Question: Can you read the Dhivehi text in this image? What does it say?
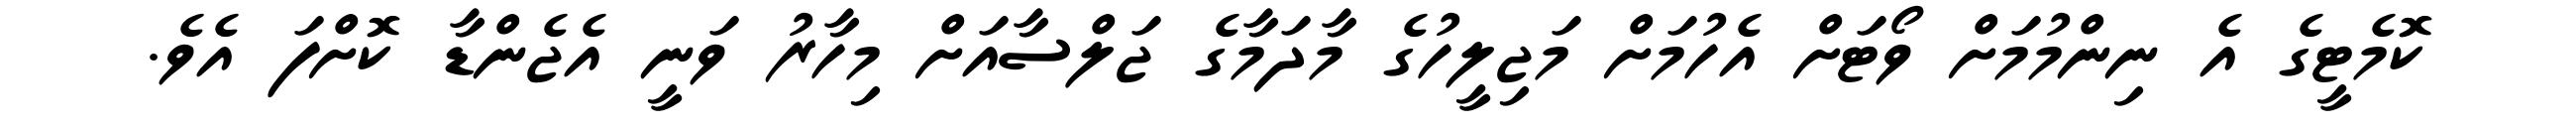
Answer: ކޮމެޓީގެ އެ ނިންމުމަށް ވޯޓަށް އެހުމަށް މަޖިލީހުގެ މާދަމާގެ ޖަލްސާއަށް މިހާރު ވަނީ އެޖެންޑާ ކޮށްފަ އެވެ.